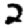
Digit: 2